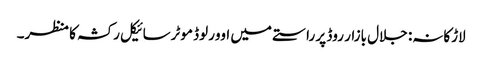
لاڑکانہ: جلال بازار روڈ پر راستے میں اوورلوڈ موٹرسائیکل رکشہ کا منظر۔